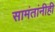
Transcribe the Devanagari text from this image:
सामंतांनीही